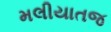
મલીયાતજ